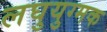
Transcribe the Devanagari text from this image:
लघुयुग्मक